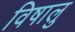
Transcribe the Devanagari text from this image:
विषालु